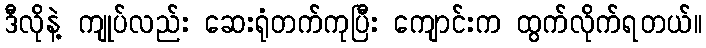
ဒီလိုနဲ့ ကျုပ်လည်း ဆေးရုံတက်ကုပြီး ကျောင်းက ထွက်လိုက်ရတယ်။